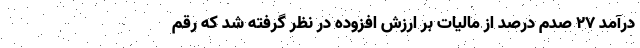
درآمد ۲۷ صدم درصد از مالیات بر ارزش افزوده در نظر گرفته شد که رقم